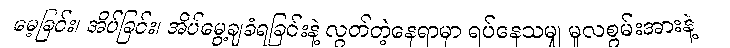
မေ့ခြင်း၊ အိပ်ခြင်း၊ အိပ်မွေ့ချခံရခြင်းနဲ့ လွတ်တဲ့နေရာမှာ ရပ်နေသမျှ မူလစွမ်းအားနဲ့